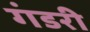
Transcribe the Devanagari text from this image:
गंडरी